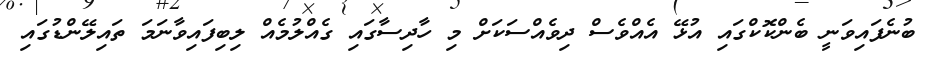
ބުނެފައިވަނީ ބެންކޮކްގައި އުޅޭ އެއްވެސް ދިވެއްސަކަށް މި ހާދިސާގައި ގެއްލުމެއް ލިބިފައިވާނަމަ ތައިލޭންޑުގައި